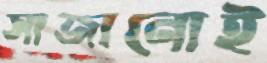
সাজানোই